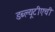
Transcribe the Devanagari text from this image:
डब्ल्यूटीएची